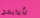
بأيديهم